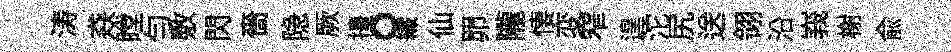
涛猋瞠勻敷閃嗇隐厥擡。纎仙𦊑隴悽変窄遑沱尻送翎沿峩榭俞